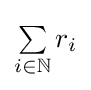
\textstyle \sum \limits _{i\in \mathbb {N} }r_{i}